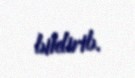
bildirib.